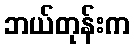
ဘယ်တုန်းက